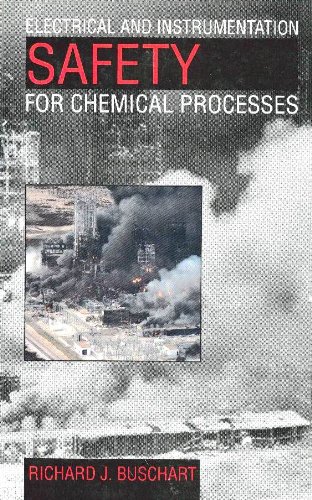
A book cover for Electrical and Instrumentation Safety for Chemical Processes; Science & Math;